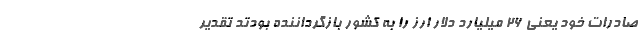
صادرات خود یعنی ۲۶ میلیارد دلار ارز را به کشور بازگرداننده بودتد تقدیر